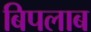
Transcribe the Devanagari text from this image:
बिपलाब